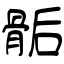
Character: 骺